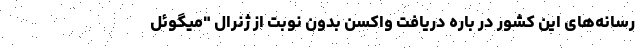
رسانه‌های این کشور در باره دریافت واکسن بدون نوبت از ژنرال "میگوئل